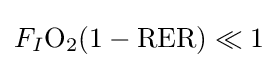
F_{I}{\ce {O2}}(1-{\ce {RER}})\ll 1